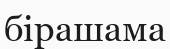
бірашама